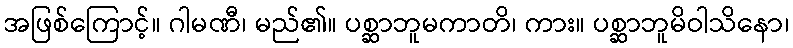
အဖြစ်ကြောင့်။ ဂါမဏီ၊ မည်၏။ ပစ္ဆာဘူမကာတိ၊ ကား။ ပစ္ဆာဘူမိဝါသိနော၊